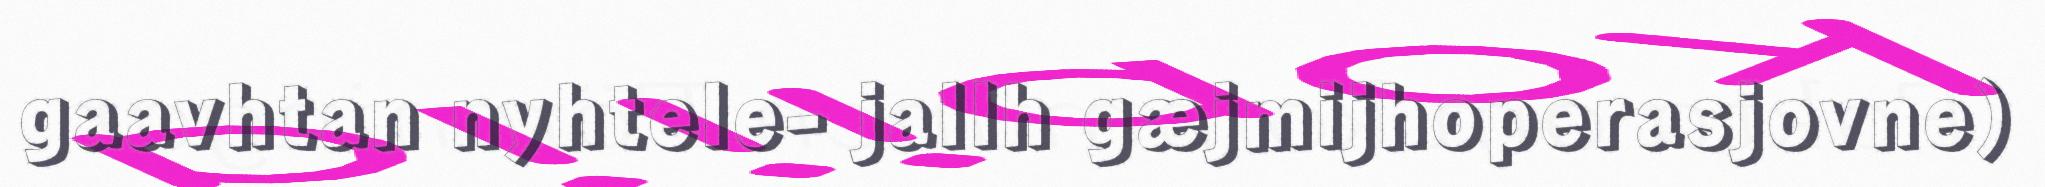
gaavhtan nyhtele- jallh gæjmijhoperasjovne)